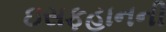
ઇસફહાનની